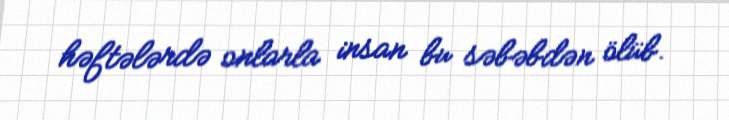
həftələrdə onlarla insan bu səbəbdən ölüb.